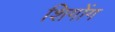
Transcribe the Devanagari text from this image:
शिगोंग